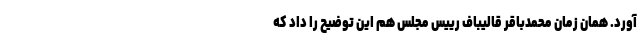
آورد. همان زمان محمدباقر قالیباف رییس مجلس هم این توضیح را داد که